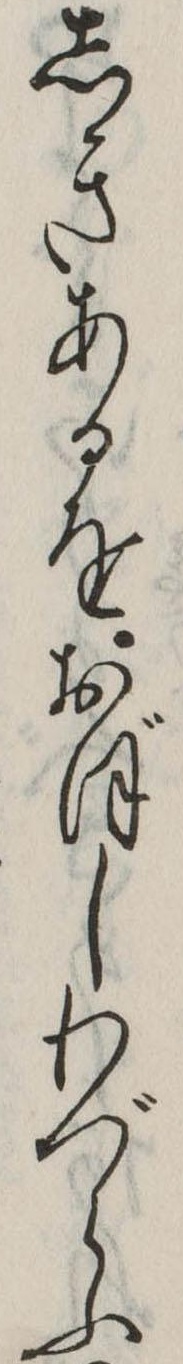
しきあるをおぼしわづらふ